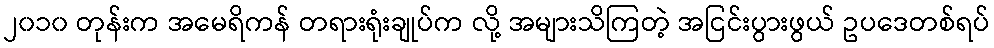
၂၀၁၀ တုန်းက အမေရိကန် တရားရုံးချုပ်က လို့ အများသိကြတဲ့ အငြင်းပွားဖွယ် ဥပဒေတစ်ရပ်